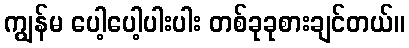
ကျွန်မ ပေါ့ပေါ့ပါးပါး တစ်ခုခုစားချင်တယ်။